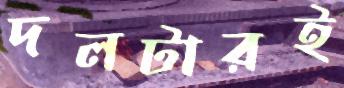
দলটারই